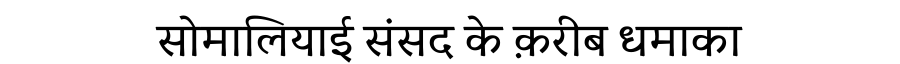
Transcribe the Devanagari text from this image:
सोमालियाई संसद के क़रीब धमाका